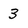
Character: 3